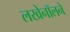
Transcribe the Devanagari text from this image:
लखेनॉलने